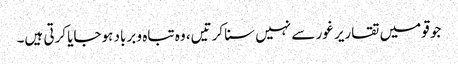
جو قومیں تقاریر غور سے نہیں سنا کرتیں، وہ تباہ و برباد ہوجایا کرتی ہیں۔